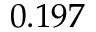
0 . 1 9 7